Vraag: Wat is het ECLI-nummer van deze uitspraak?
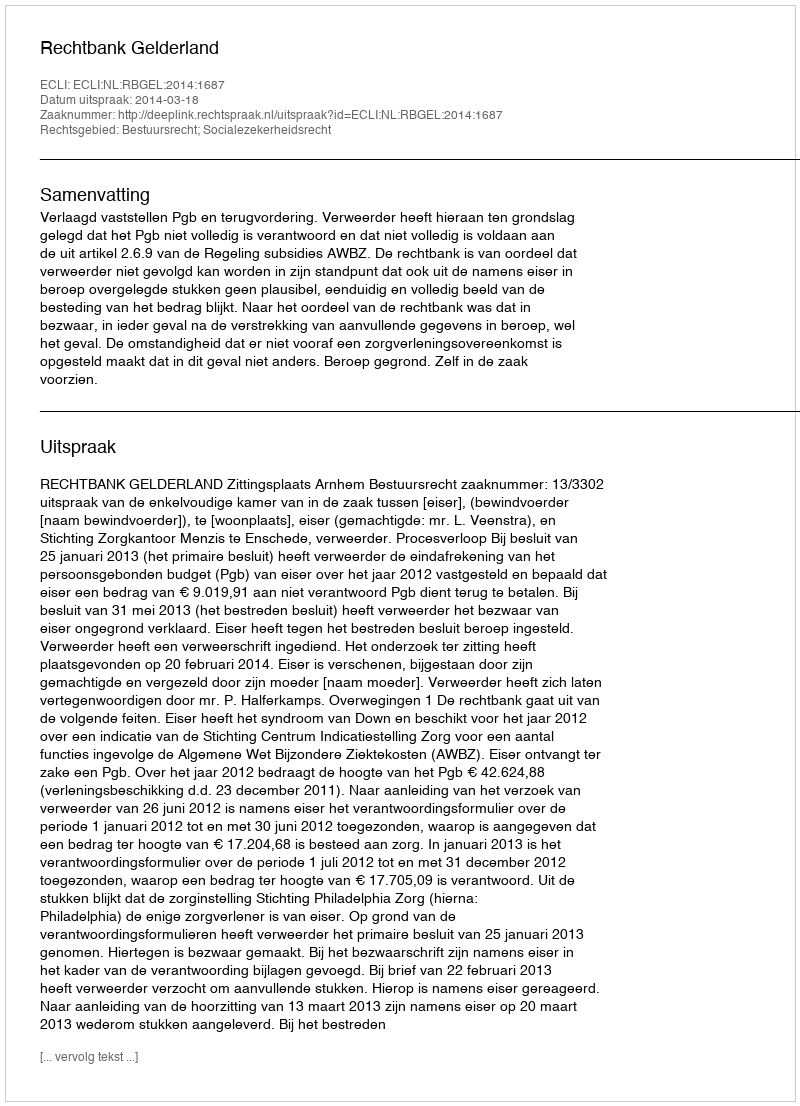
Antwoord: ECLI:NL:RBGEL:2014:1687